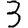
Digit: 3